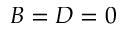
B = D = 0